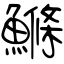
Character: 鰷